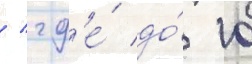
/ гд'е́ до́ 10